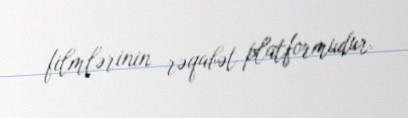
filmlərinin rəqabət platformudur.